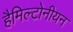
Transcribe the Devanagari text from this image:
हैमिल्टोनीयन